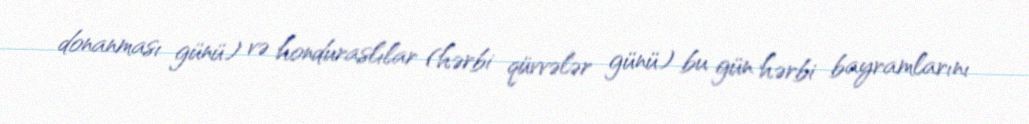
donanması günü) və honduraslılar (hərbi qüvvələr günü) bu gün hərbi bayramlarını